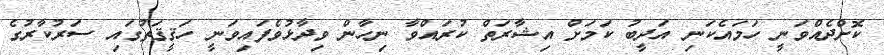
ކޮށްދެއްވަނީ ހަމައެކަނި އަދީބު ކަމަށް އިޝާރަތް ކުރައްވާ ނިހާން ވިދާޅުވެފައިވަނީ ހަޤީޤަތުގައި ސަރުކާރުގެ